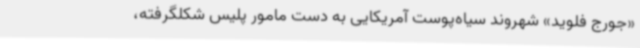
«‌جورج فلوید» شهروند سیاه‌پوست آمریکایی به دست مامور پلیس شکلگرفته،